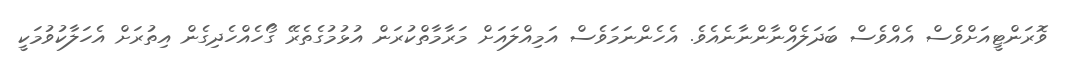
ވޮރަންޓީއަށްވެސް އެއްވެސް ބަދަލެއްނާންނާނެއެވެ. އެހެންނަމަވެސް އަމިއްލައަށް މަރާމާތްކުރަން އުޅުމުގެތެރޭ ގޯހެއްހެދިގެން އިތުރަށް އެހަލާކުވުމަކީ